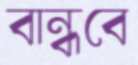
বান্ধবে